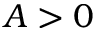
A > 0